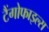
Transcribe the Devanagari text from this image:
टैंगोफाइल्स